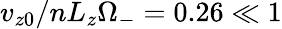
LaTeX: v_{z0}/nL_{z}\Omega_{-}=0.26\ll 1